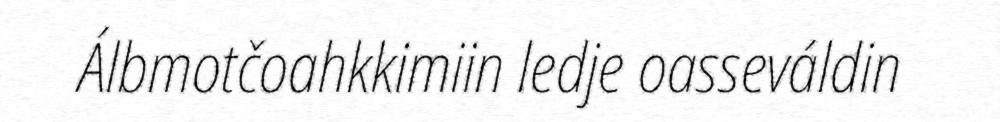
Álbmotčoahkkimiin ledje oasseváldin